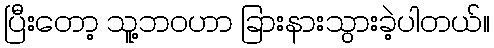
ပြီးတော့ သူ့ဘဝဟာ ခြားနားသွားခဲ့ပါတယ်။